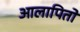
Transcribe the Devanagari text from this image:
आलापितो